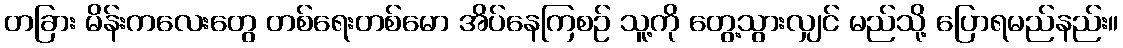
တခြား မိန်းကလေးတွေ တစ်ရေးတစ်မော အိပ်နေကြစဉ် သူ့ကို တွေ့သွားလျှင် မည်သို့ ပြောရမည်နည်း။